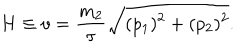
LaTeX: H \equiv v = \frac { m _ { 2 } } { \tau } \sqrt { ( p _ { 1 } ) ^ { 2 } + ( p _ { 2 } ) ^ { 2 } } .